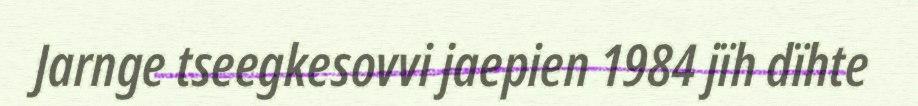
Jarnge tseegkesovvi jaepien 1984 jïh dïhte